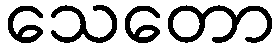
သေတော